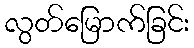
လွတ်မြောက်ခြင်း